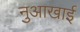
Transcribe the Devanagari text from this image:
नुआखाई